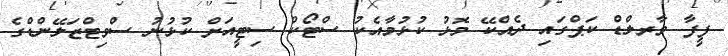
ފީފާ ވާރލްޑް ކަޕްގައި ދެއްކޭ މޮޅު ކުޅުމާއެކު ސްޓޯކް ސިޓީއަށް ކުޅުނު ސްވިޓްޒަލޭންޑްގެ